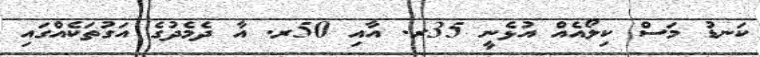
ކަނޑު މަސް ކިލޯއެއް އުޅެނީ 35ރ. އާއި 50ރ. އާ ދެމެދުގެ އަގުތަކެއްގައި